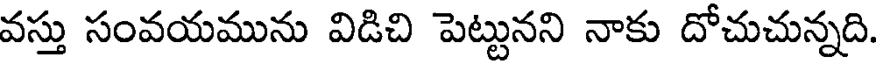
వస్తు సంవయమును విడిచి పెట్టునని నాకు దోచుచున్నది.